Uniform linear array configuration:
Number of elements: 4
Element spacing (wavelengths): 1
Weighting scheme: binomial
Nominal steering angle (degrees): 30
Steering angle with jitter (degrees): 29.271
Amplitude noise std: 0.05
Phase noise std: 0.05

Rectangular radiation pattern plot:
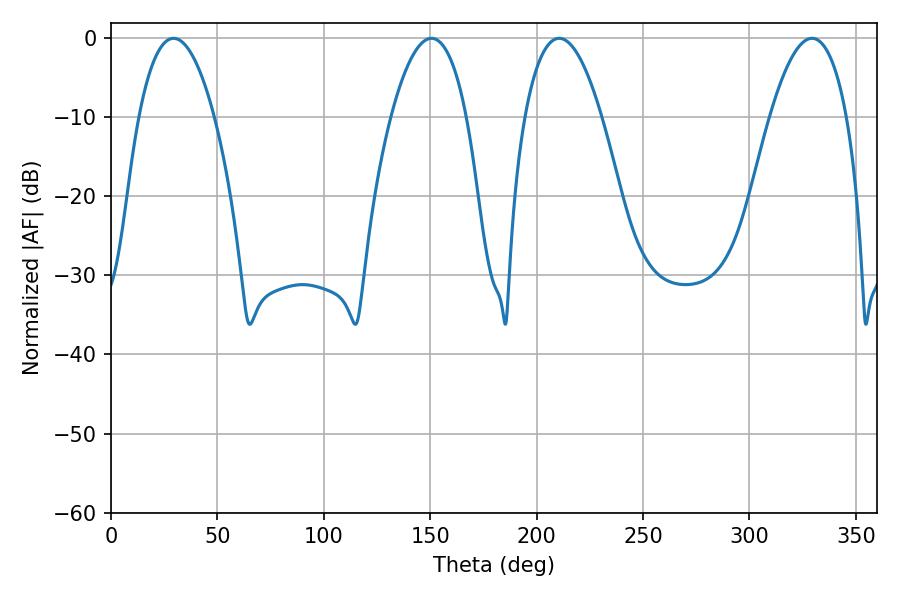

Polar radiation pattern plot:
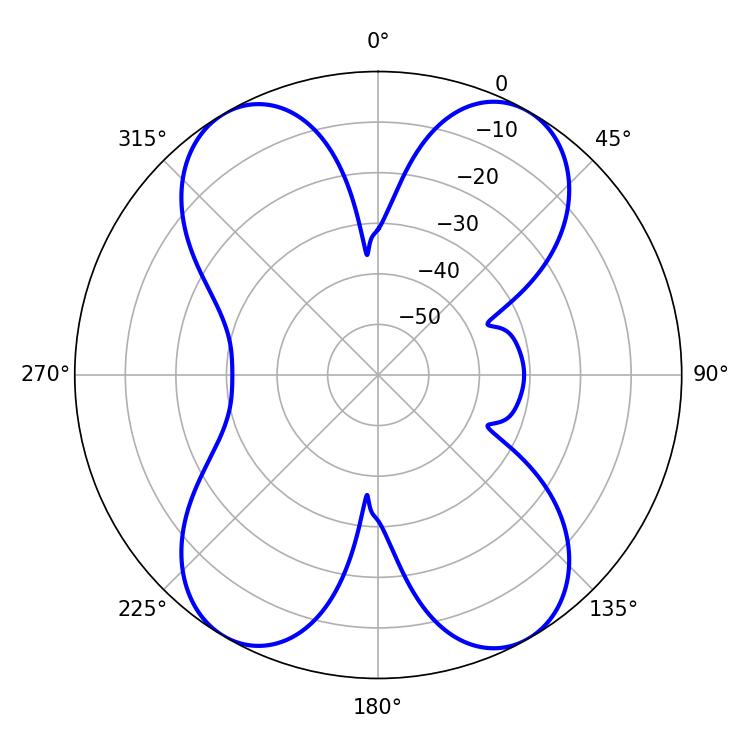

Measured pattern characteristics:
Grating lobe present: TRUE
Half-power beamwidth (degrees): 19.98
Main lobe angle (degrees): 210.6